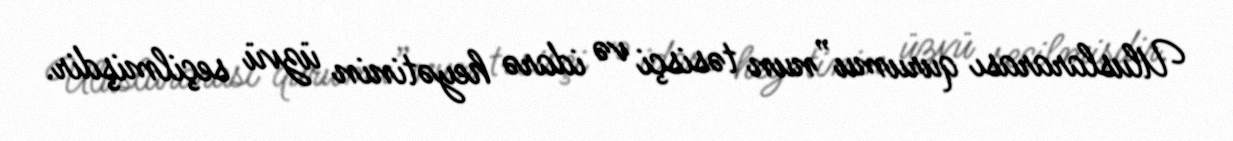
Uluslararası qurumu”nun təsisçi və idarə heyətinin üzvü seçilmişdir.